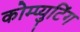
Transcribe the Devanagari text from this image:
कोम्प्युटिंग